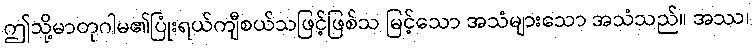
ဤသို့မာတုဂါမ၏ပြုံးရယ်ကျီစယ်သဖြင့်ဖြစ်သ မြင့်သော အသံများသော အသံသည်။ အဿ၊